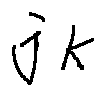
j _ { k }